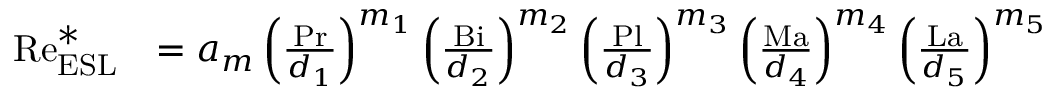
\begin{array} { r l } { \mathrm { R e } _ { \mathrm { E S L } } ^ { \ast } } & { = a _ { m } \left( \frac { \mathrm { P r } } { d _ { 1 } } \right) ^ { m _ { 1 } } \left( \frac { \mathrm { B i } } { d _ { 2 } } \right) ^ { m _ { 2 } } \left( \frac { \mathrm { P l } } { d _ { 3 } } \right) ^ { m _ { 3 } } \left( \frac { \mathrm { M a } } { d _ { 4 } } \right) ^ { m _ { 4 } } \left( \frac { \mathrm { L a } } { d _ { 5 } } \right) ^ { m _ { 5 } } } \end{array}